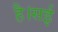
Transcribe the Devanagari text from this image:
है।सई